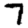
Digit: 7